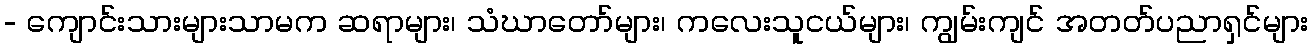
- ကျောင်းသားများသာမက ဆရာများ၊ သံဃာတော်များ၊ ကလေးသူငယ်များ၊ ကျွမ်းကျင် အတတ်ပညာရှင်များ